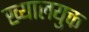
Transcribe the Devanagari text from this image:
ख्यालयुक्त